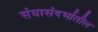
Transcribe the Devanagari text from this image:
संघासंदर्भातील